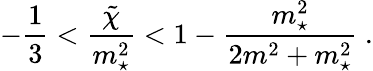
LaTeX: -{\frac{1}{3}}<{\frac{\tilde{\chi}}{m_{\star}^{2}}}<1-{\frac{m_{\star}^{2}}{2m^{2}+m_{\star}^{2}}}\ .